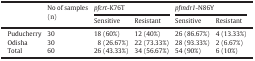
<table><thead><tr><td>[EMPTY_CELL]</td><td><b>No of samples (n)</b></td><td colspan="2"><b><i>pfcrt</i>-K76T</b></td><td colspan="2"><b><i>pfmdr1</i>-N86Y</b></td></tr><tr><td><b>Sensitive</b></td><td><b>Resistant</b></td><td><b>Sensitive</b></td><td><b>Resistant</b></td></tr></thead><tbody><tr><td>Puducherry</td><td>30</td><td>18 (60%)</td><td>12 (40%)</td><td>26 (86.67%)</td><td>4 (13.33%)</td></tr><tr><td>Odisha</td><td>30</td><td>8 (26.67%)</td><td>22 (73.33%)</td><td>28 (93.33%)</td><td>2 (6.67%)</td></tr><tr><td>Total</td><td>60</td><td>26 (43.33%)</td><td>34 (56.67%)</td><td>54 (90%)</td><td>6 (10%)</td></tr></tbody></table>